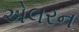
એલરન